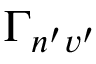
\Gamma _ { n ^ { \prime } v ^ { \prime } }